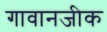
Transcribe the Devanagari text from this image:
गावानजीक